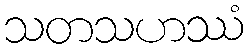
သတသဟဿံ